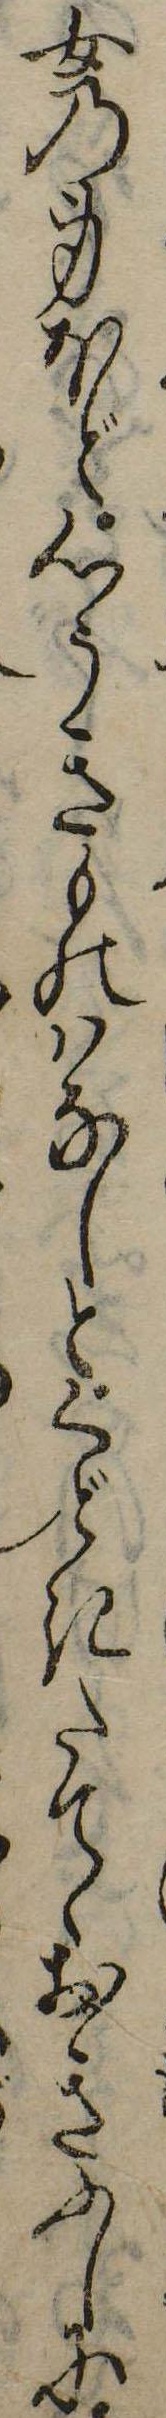
女の身ほど心うきものはなしとくどきたてゝおきふしに